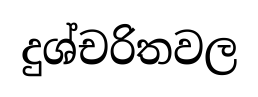
දුශ්චරිතවල